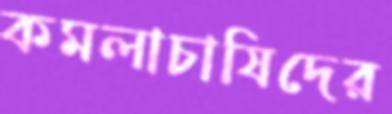
কমলাচাষিদের